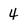
Character: 4